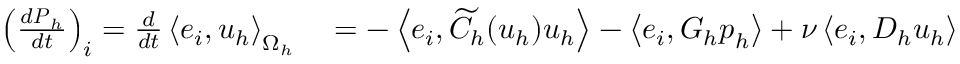
\begin{array} { r l } { \left( \frac { d \boldsymbol { P } _ { h } } { d t } \right) _ { i } = \frac { d } { d t } \left< \boldsymbol { e } _ { i } , \boldsymbol { u } _ { h } \right> _ { \Omega _ { h } } } & { { } = - \left< \boldsymbol { e } _ { i } , \widetilde { C } _ { h } ( \boldsymbol { u } _ { h } ) \boldsymbol { u } _ { h } \right> - \left< \boldsymbol { e } _ { i } , G _ { h } \boldsymbol { p } _ { h } \right> + \nu \left< \boldsymbol { e } _ { i } , D _ { h } \boldsymbol { u } _ { h } \right> } \end{array}